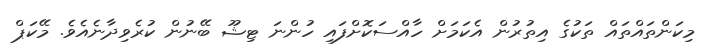
މިކަންތައްތައް ތަކުގެ އިތުރުން އެކަމަށް ހާއްސަކޮށްފައި ހުންނަ ޓިޝޫ ބޭނުން ކުރެވިދާނެއެވެ. މޭކަޕް